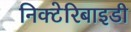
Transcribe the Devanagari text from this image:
निक्टेरिबाइडी